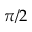
\pi / 2